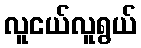
လူငယ်လူရွယ်